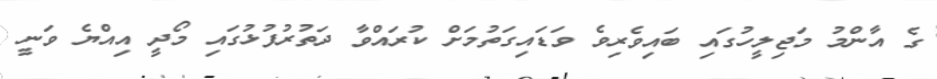
ގެ އާންމު މަޖިލީހުގައި ބައިވެރިވެ ވަޑައިިގަތުމަށް ކުރައްވާ ދަތުރުފުޅުގައި މޯދީ އިއްޔެ ވަނީ